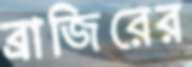
ব্রাজিরের